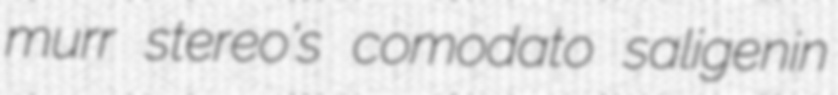
murr stereo's comodato saligenin